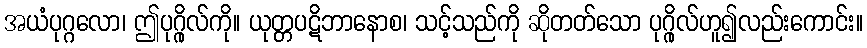
အယံပုဂ္ဂလော၊ ဤပုဂ္ဂိုလ်ကို။ ယုတ္တပဋိဘာနောစ၊ သင့်သည်ကို ဆိုတတ်သော ပုဂ္ဂိုလ်ဟူ၍လည်းကောင်း။